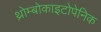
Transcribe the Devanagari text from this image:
थ्रोम्बोकाइटोपेनिक